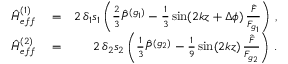
\begin{array} { r l r } { { \hat { H } } _ { e f f } ^ { ( 1 ) } } & { { } = } & { 2 \, \delta _ { 1 } s _ { 1 } \left( \frac { 2 } { 3 } { \hat { P } } ^ { ( g _ { 1 } ) } - \frac { 1 } { 3 } \sin ( 2 k z + \Delta \phi ) \, \frac { { \hat { F } } } { F _ { g _ { 1 } } } \right) \, , } \\ { { \hat { H } } _ { e f f } ^ { ( 2 ) } } & { { } = } & { 2 \, \delta _ { 2 } s _ { 2 } \left( \frac { 1 } { 3 } { \hat { P } } ^ { ( g _ { 2 } ) } - \frac { 1 } { 9 } \sin ( 2 k z ) \, \frac { { \hat { F } } } { F _ { g _ { 2 } } } \right) \, . } \end{array}